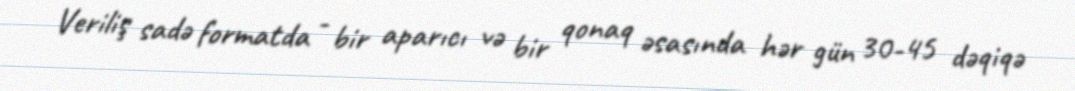
Veriliş sadə formatda - bir aparıcı və bir qonaq əsasında hər gün 30-45 dəqiqə